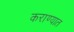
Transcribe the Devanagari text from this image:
कराण्यात